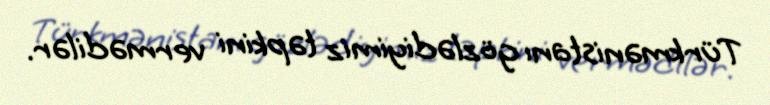
Türkmənistanı gözlədiyimiz təpkini vermədilər.